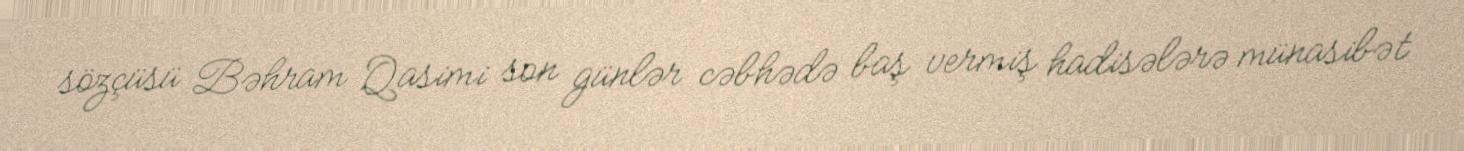
sözçüsü Bəhram Qasimi son günlər cəbhədə baş vermiş hadisələrə münasibət